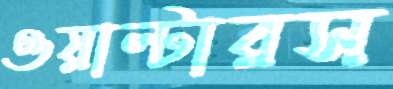
ওয়াল্টারস